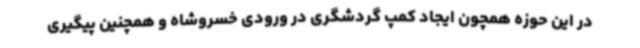
در این حوزه همچون ایجاد کمپ گردشگری در ورودی خسروشاه و همچنین پیگیری